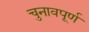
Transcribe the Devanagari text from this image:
चुनावपूर्ण